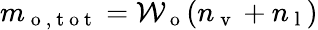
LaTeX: m_{\mathrm{~o~,~t~o~t~}}=\mathcal{W}_{\mathrm{~o~}}(n_{\mathrm{~v~}}+n_{\mathrm{~l~}})